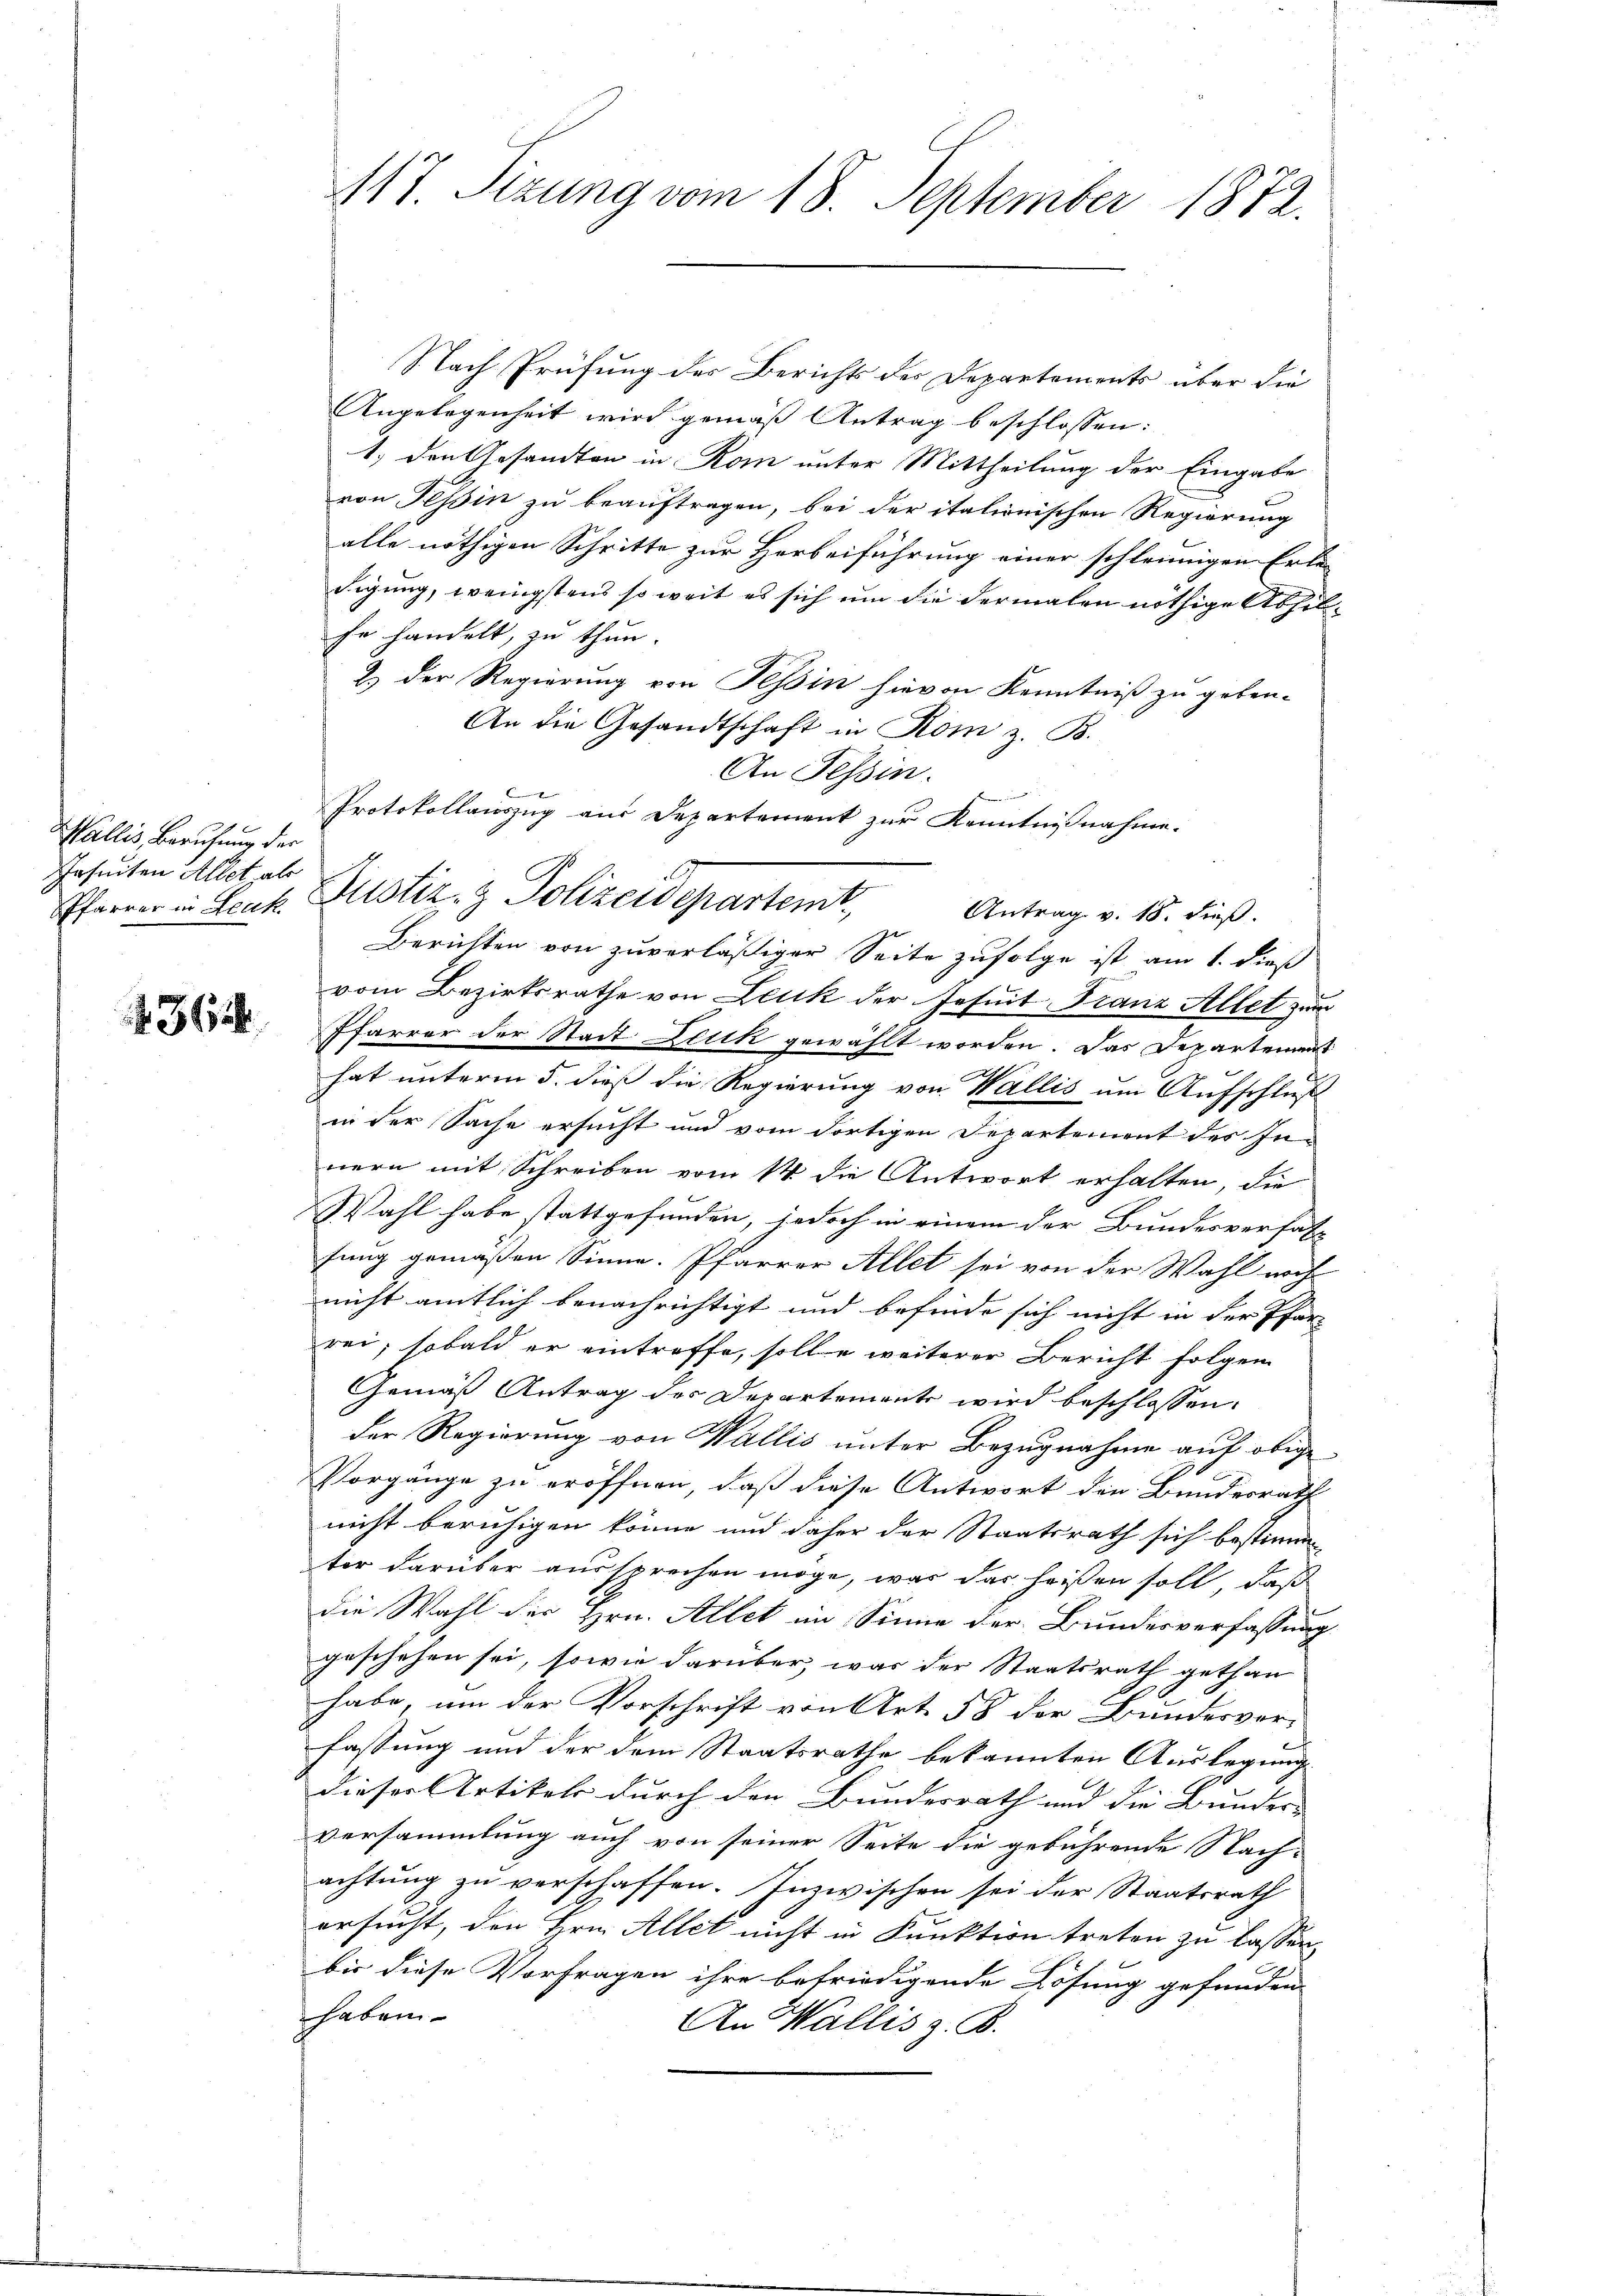
Wallis, Berufung der
Irseiten Allet, als
Pfarrer in Leuk

362

117 Sizung vom 18. September 1872.

Nach Prüfung des Berichts des Departements über die
Angelegenheit wird gemäß Antrag beschlossen:
1.) den Gesandten in Rom unter Mittheilung der Eingabe
von Tessin zu beauftragen, bei der italienischen Regierung
alle nöthigen Schritte zur Herbeiführung einer schleunigen Erle
digung, wenigstens so weit es sich um die dermalen nöthige Abhilfe handelt, zu thun.
2) der Regierung von Tessin hievon Kenntniß zu geben.
An die Gesandtschaft in Rom z. B.
An Tessin.
B
Protokollauszug aus Departement zur Kenntnißnahme.
Antrag v. 18. dieß.
Berichten von zuverläßiger Seite zufolge ist am 1. dieß
vom Bezirksrathe von Leuk der Jesuit Franz Allet zum
Pfarrer der Stadt Blick gewählt worden. Das Departement
hat unterm 5. dieß die Regierung von Wallis um Aufschluß
in der Sache ersucht und vom dortigen Departement des Innern mit Schreiben vom 14 die Antwort erhalten, die
Wahl habe stattgefunden, jedoch in einem der Bundesverfal
fung gemäßen Sinne. Pfarrer Allet sei von der Wahl noch
nicht amtlich benachrichtigt und befinde sich nicht in der Pfar-
rei, sobald er eintreffe, solle weiterer Bericht folgen
Gemäß Antrag des Departemente wird beschlossen:
der Regierung von Wallis unter Bezugnahme auf obige
0
Vorgänge zu eröffnen, daß diese Antwort den Bundesrath
nicht beruhigen könne und daher der Staatsrath sich bestimm
ter darüber aussprechen möge, was das heißen soll, daß
die Wahl des Hrn. Allet im Sinne der Bundesverfassung
geschehen sei, sowie darüber, was der Staatsrath gethan
2
habe, um der Vorschrift von Art. 58 der Bundesver-
fassung und der dem Staatsrathe bekannten Auslegung
dieser Artikels durch den Bundesrath und die Bunder- |
versammlung auch von seiner Seite die gebührende Nach-
achtung zu verschaffen. Inzwischen sei der Staatsrath
ersucht, den Hrn. Allet nicht in Funktion treten zu lassen,
bis diese Vorfragen ihre befriedigende Lösung gefunden
haben
An Wallis z. B.

Justiz- & Polizeidepartemt